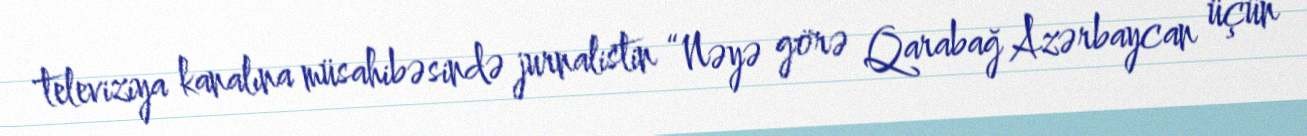
televiziya kanalına müsahibəsində jurnalistin “Nəyə görə Qarabağ Azərbaycan üçün